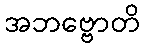
အဘဗ္ဗောတိ